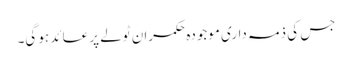
جس کی ذمہ داری موجودہ حکمران ٹولے پر عائد ہو گی۔